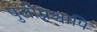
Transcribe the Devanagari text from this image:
पुलोम्नश्चापि